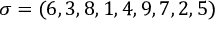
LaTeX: \sigma = ( 6 , 3 , 8 , 1 , 4 , 9 , 7 , 2 , 5 )